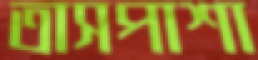
তাসপাশা